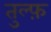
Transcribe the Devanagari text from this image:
तुल्फ़